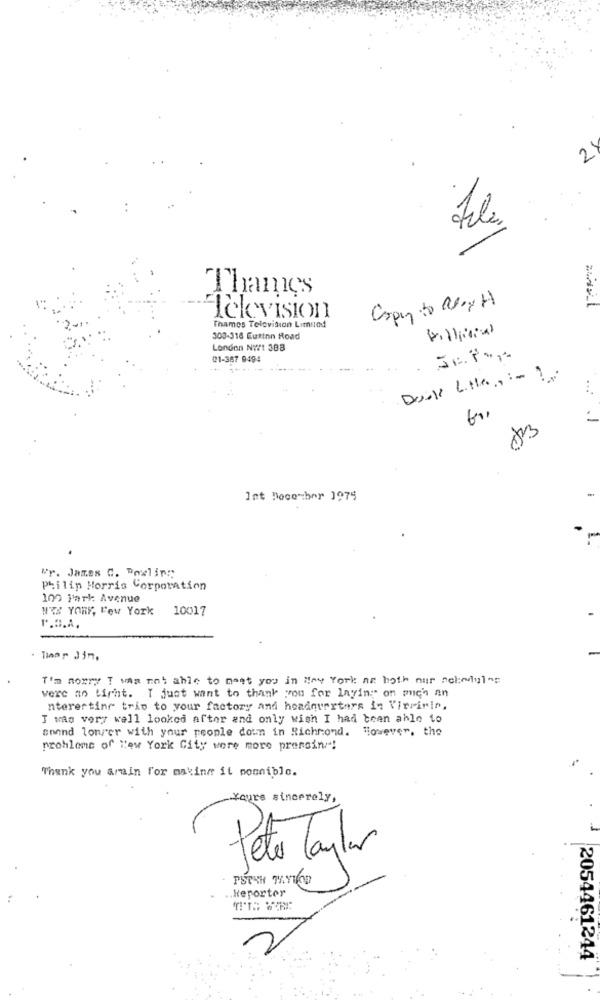
28
Thames
Copy to alex H
Television
Thames Television Limited
Filling
300-316 Eutinn Road
London N771 388
01-367 9494
Donk Litter ,:- 2.
Int Doce hor 1975
Wr. James C. Bowling
Philip Morris Corporation
100 Park: Avenue
WX YORY, Few York 10017
P.D.A.
I'm sorry I was not able to meet you in New York an both nur nehodulos
vere ao light. I just want to thank you for laying on mich an
nteresting trip to your factory and headquarters in Virririn.
I was very well looked after and only wish I had been able to
anend longer with your people down in Richmond. However, the
prohlome of "ew York City were more pressin !!
Thank you arain for making it pomnible.
Yours sincerely,
Peto Taylor
.. Heporter
2054461244